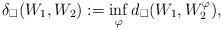
\begin{align*}\delta_\square(W_1,W_2):=\inf_{\varphi}d_\square(W_1,W_2^\varphi),\end{align*}